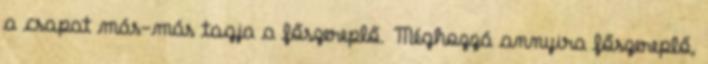
a csapat más-más tagja a főszereplő. Méghozzá annyira főszereplő,